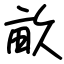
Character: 畝